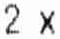
2 X